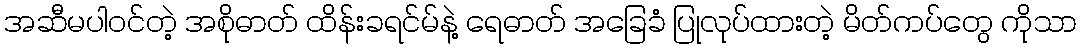
အဆီမပါဝင်တဲ့ အစိုဓာတ် ထိန်းခရင်မ်နဲ့ ရေဓာတ် အခြေခံ ပြုလုပ်ထားတဲ့ မိတ်ကပ်တွေ ကိုသာ